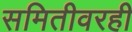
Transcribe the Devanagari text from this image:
समितीवरही